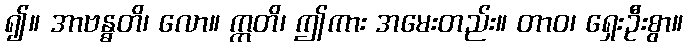
၍။ အာဗန္ဓတိ၊ လော။ ဣတိ၊ ဤကား အမေးတည်း။ တာဝ၊ ရှေးဦးစွာ။